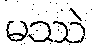
မဿဲ